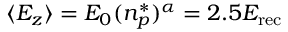
\langle E _ { z } \rangle = E _ { 0 } ( n _ { p } ^ { * } ) ^ { \alpha } = 2 . 5 E _ { \mathrm { r e c } }